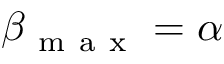
\beta _ { \mathrm { ~ m ~ a ~ x ~ } } = \alpha